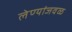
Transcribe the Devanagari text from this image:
लेण्यांजवळ